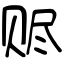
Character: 赆